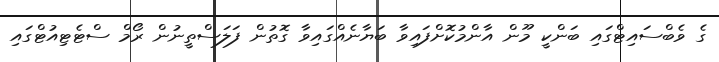
ގެ ވެބްސައިޓްގައި ބަންކީ މޫން އާންމުކޮށްފައިވާ ބަޔާނެއްގައިވާ ގޮތުން ފަލަސްތީނުން ރޯމް ސްޓެޓިއުޓްގައި